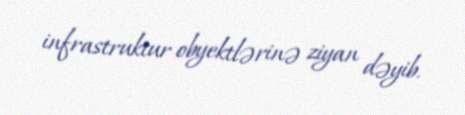
infrastruktur obyektlərinə ziyan dəyib.